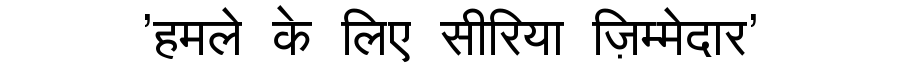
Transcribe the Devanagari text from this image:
'हमले के लिए सीरिया ज़िम्मेदार'